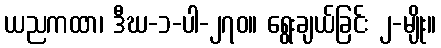
ယညကထာ၊ ဒီဃ-၁-ပါ-၂၇၀။ ရွေးချယ်ခြင်း ၂-မျိုး။